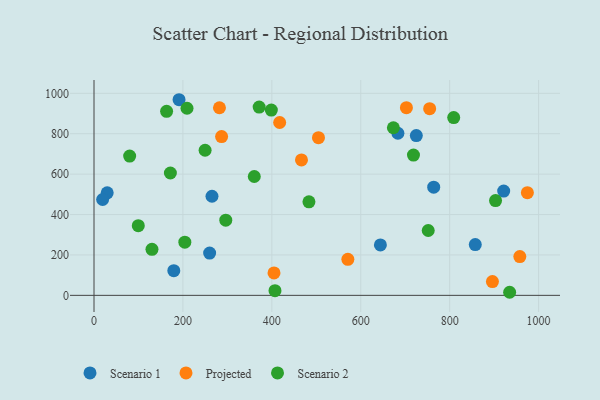
{"axis": {"x": "Experience", "y": "Salary"}, "legend": ["Projected", "Scenario 1", "Scenario 2"], "data": [{"x": "29.7", "y": 507.6, "type": "Scenario 1"}, {"x": "644.2", "y": 249.7, "type": "Scenario 1"}, {"x": "725.0", "y": 790.9, "type": "Scenario 1"}, {"x": "921.5", "y": 516.3, "type": "Scenario 1"}, {"x": "857.6", "y": 251.5, "type": "Scenario 1"}, {"x": "265.4", "y": 490.4, "type": "Scenario 1"}, {"x": "191.3", "y": 968.3, "type": "Scenario 1"}, {"x": "683.6", "y": 802.3, "type": "Scenario 1"}, {"x": "19.4", "y": 474.4, "type": "Scenario 1"}, {"x": "260.1", "y": 209.4, "type": "Scenario 1"}, {"x": "764.1", "y": 535.3, "type": "Scenario 1"}, {"x": "179.5", "y": 122.1, "type": "Scenario 1"}, {"x": "404.9", "y": 110.9, "type": "Projected"}, {"x": "287.0", "y": 785.8, "type": "Projected"}, {"x": "755.0", "y": 923.9, "type": "Projected"}, {"x": "571.0", "y": 178.1, "type": "Projected"}, {"x": "974.8", "y": 508.2, "type": "Projected"}, {"x": "957.8", "y": 191.8, "type": "Projected"}, {"x": "896.2", "y": 68.2, "type": "Projected"}, {"x": "504.9", "y": 780.5, "type": "Projected"}, {"x": "417.6", "y": 855.6, "type": "Projected"}, {"x": "282.2", "y": 928.7, "type": "Projected"}, {"x": "702.7", "y": 929.0, "type": "Projected"}, {"x": "466.7", "y": 670.3, "type": "Projected"}, {"x": "903.2", "y": 469.0, "type": "Scenario 2"}, {"x": "209.2", "y": 926.1, "type": "Scenario 2"}, {"x": "296.4", "y": 372.1, "type": "Scenario 2"}, {"x": "204.3", "y": 263.4, "type": "Scenario 2"}, {"x": "398.9", "y": 917.0, "type": "Scenario 2"}, {"x": "673.4", "y": 829.7, "type": "Scenario 2"}, {"x": "360.5", "y": 588.2, "type": "Scenario 2"}, {"x": "407.1", "y": 23.2, "type": "Scenario 2"}, {"x": "371.5", "y": 931.9, "type": "Scenario 2"}, {"x": "99.6", "y": 344.7, "type": "Scenario 2"}, {"x": "751.8", "y": 321.1, "type": "Scenario 2"}, {"x": "163.3", "y": 910.9, "type": "Scenario 2"}, {"x": "80.2", "y": 689.6, "type": "Scenario 2"}, {"x": "483.5", "y": 462.9, "type": "Scenario 2"}, {"x": "171.8", "y": 605.5, "type": "Scenario 2"}, {"x": "809.1", "y": 879.8, "type": "Scenario 2"}, {"x": "934.9", "y": 15.2, "type": "Scenario 2"}, {"x": "130.4", "y": 227.8, "type": "Scenario 2"}, {"x": "718.6", "y": 694.4, "type": "Scenario 2"}, {"x": "249.9", "y": 718.1, "type": "Scenario 2"}]}